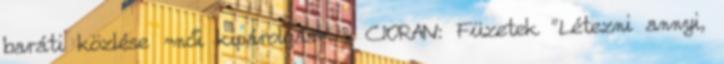
baráti közlése »női kipárolgás« ? CIORAN: Füzetek "Létezni annyi,